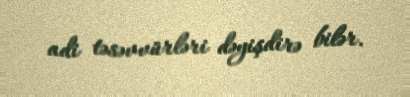
adi təsəvvürləri dəyişdirə bilər.